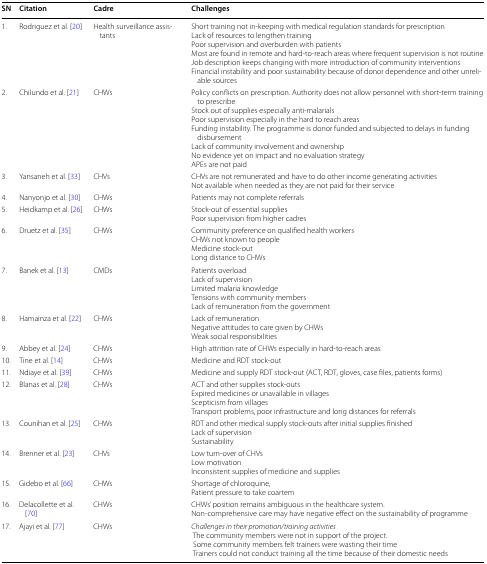
| SN | Citation | Cadre | Challenges |
 | --- | --- | --- | --- |
 | 1. | Rodriguez et al. [20] | Health surveillance assistants | Short training not in-keeping with medical regulation standards for prescriptionLack of resources to lengthen trainingPoor supervision and overburden with patientsMost are found in remote and hard-to-reach areas where frequent supervision is not routineJob description keeps changing with more introduction of community interventionsFinancial instability and poor sustainability because of donor dependence and other unreliable sources |
 | 2. | Chilundo et al. [21] | CHWs | Policy conflicts on prescription. Authority does not allow personnel with short-term training to prescribeStock out of supplies especially anti-malarialsPoor supervision especially in the hard to reach areasFunding instability. The programme is donor funded and subjected to delays in funding disbursementLack of community involvement and ownershipNo evidence yet on impact and no evaluation strategyAPEs are not paid |
 | 3. | Yansaneh et al. [33] | CHVs | CHVs are not remunerated and have to do other income generating activitiesNot available when needed as they are not paid for their service |
 | 4. | Nanyonjo et al. [30] | CHWs | Patients may not complete referrals |
 | 5. | Heidkamp et al. [26] | CHWs | Stock-out of essential suppliesPoor supervision from higher cadres |
 | 6. | Druetz et al. [35] | CHWs | Community preference on qualified health workersCHWs not known to peopleMedicine stock-outLong distance to CHWs |
 | 7. | Banek et al. [13] | CMDs | Patients overloadLack of supervisionLimited malaria knowledgeTensions with community membersLack of remuneration from the government |
 | 8. | Hamainza et al. [22] | CHWs | Lack of remunerationNegative attitudes to care given by CHWsWeak social responsibilities |
 | 9. | Abbey et al. [24] | CHWs | High attrition rate of CHWs especially in hard-to-reach areas |
 | 10. | Tine et al. [14] | CHWs | Medicine and RDT stock-out |
 | 11. | Ndiaye et al. [39] | CHWs | Medicine and supply RDT stock-out (ACT, RDT, gloves, case files, patients forms) |
 | 12. | Blanas et al. [28] | CHWs | ACT and other supplies stock-outsExpired medicines or unavailable in villagesScepticism from villagesTransport problems, poor infrastructure and long distances for referrals |
 | 13. | Counihan et al. [25] | CHWs | RDT and other medical supply stock-outs after initial supplies finishedLack of supervisionSustainability |
 | 14. | Brenner et al. [23] | CHVs | Low turn-over of CHVsLow motivationInconsistent supplies of medicine and supplies |
 | 15. | Gidebo et al. [66] | CHWs | Shortage of chloroquine,Patient pressure to take coartem |
 | 16. | Delacollette et al. [70] | CHWs | CHWs’ position remains ambiguous in the healthcare system.Non-comprehensive care may have negative effect on the sustainability of programme |
 | 17. | Ajayi et al. [77] | CHWs | Challenges in their promotion/training activities The community members were not in support of the project. Some community members felt trainers were wasting their time Trainers could not conduct training all the time because of their domestic needs |